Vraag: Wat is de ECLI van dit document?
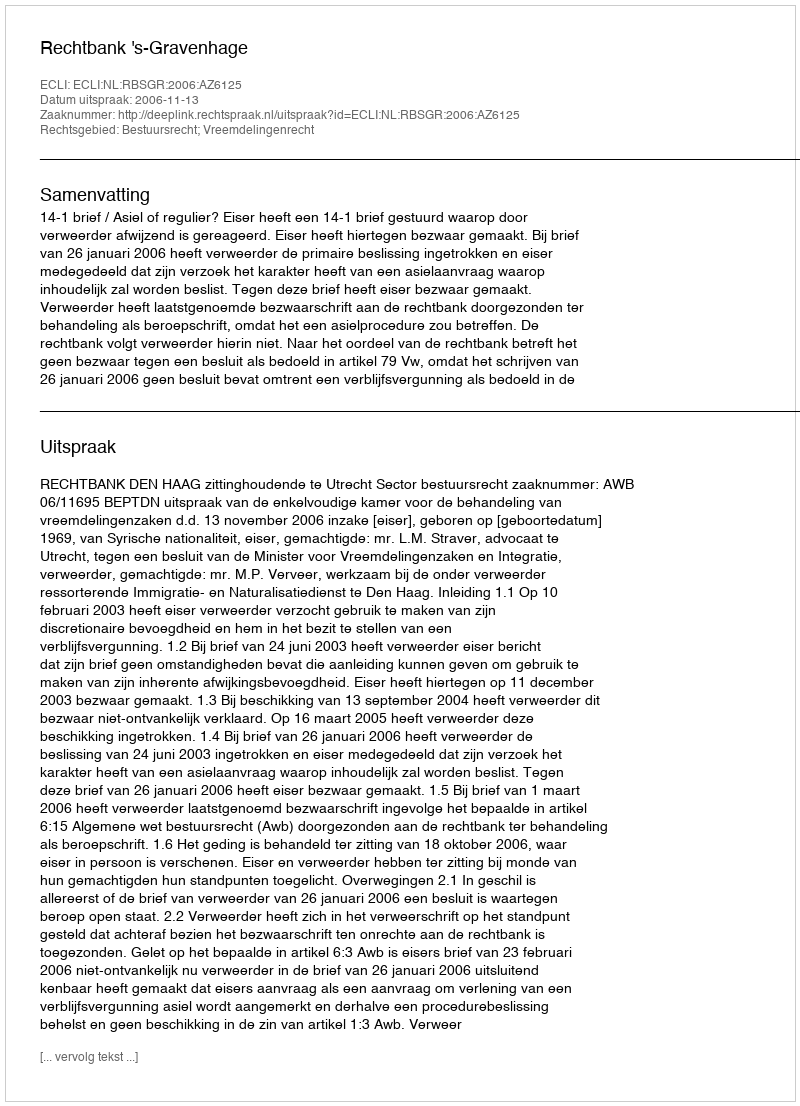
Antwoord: ECLI:NL:RBSGR:2006:AZ6125